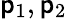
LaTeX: \, \! \mathsf{p}_{1},\mathsf{p}_{2}